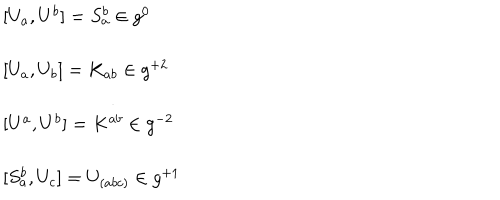
\begin{array} { l } { { { [ } U _ { a } , U ^ { b } { ] } = S _ { a } ^ { b } \in g ^ { 0 } } } \\ { { \ } } \\ { { { [ } U _ { a } , U _ { b } { ] } = K _ { a b } \in g ^ { + 2 } } } \\ { { \ } } \\ { { { [ } U ^ { a } , U ^ { b } { ] } = K ^ { a b } \in g ^ { - 2 } } } \\ { { \ } } \\ { { { [ } S _ { a } ^ { b } , U _ { c } { ] } = U _ { ( a b c ) } \in g ^ { + 1 } } } \\ \end{array}